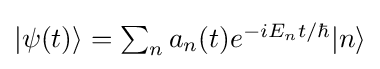
{\textstyle |\psi (t)\rangle =\sum _{n}a_{n}(t)e^{-iE_{n}t/\hbar }|n\rangle }